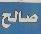
صالح